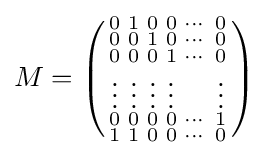
M=\left({\begin{smallmatrix}0&1&0&0&\cdots &0\\0&0&1&0&\cdots &0\\0&0&0&1&\cdots &0\\\vdots &\vdots &\vdots &\vdots &&\vdots \\0&0&0&0&\cdots &1\\1&1&0&0&\cdots &0\end{smallmatrix}}\right)